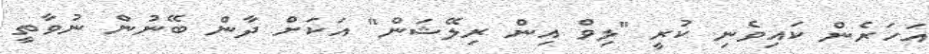
އަހަރެން ކައިވެނި ކުރީ "ލިވް އިން ރިލޭޝަން" އަކަށް ދާން ބޭނުން ނުވާތީ